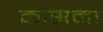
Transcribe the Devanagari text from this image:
कासमा